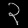
Digit: ၃